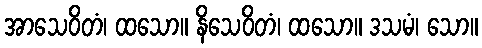
အာသေဝိတံ၊ ထသော။ နိသေဝိတံ၊ ထသော။ ဒသမံ၊ သော။